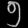
Digit: ၅